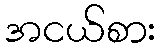
အငယ်စား